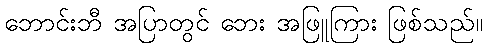
ဘောင်းဘီ အပြာတွင် ဘေး အဖြူကြား ဖြစ်သည်။